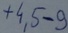
Text: +4,5-9